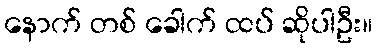
နောက် တစ် ခေါက် ထပ် ဆိုပါဦး။